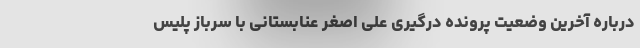
درباره آخرین وضعیت پرونده درگیری علی اصغر عنابستانی با سرباز پلیس